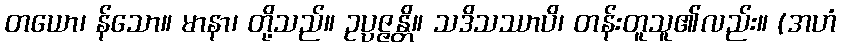
တယော၊ န်သော။ မာနာ၊ တို့သည်။ ဥပ္ပဇ္ဇန္တိ။ သဒိသဿာပိ၊ တန်းတူသူ၏လည်း။ (အဟံ